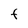
Character: f